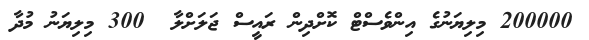
200000 މިލިޔަނުގެ އިންވެސްޓް ކޮށްދިން ރައީސް ޖަލަށްލާ  300 މިލިޔަނު މުދާ